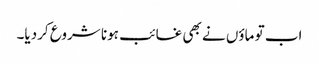
اب تو ماؤں نے بھی غائب ہونا شروع کردیا۔